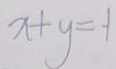
x + y = - 1